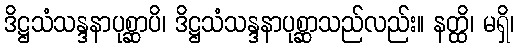
ဒိဋ္ဌသံသန္ဒနာပုစ္ဆာပိ၊ ဒိဋ္ဌသံသန္ဒနာပုစ္ဆာသည်လည်း။ နတ္ထိ၊ မရှိ၊